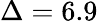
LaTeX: \Delta=6.9